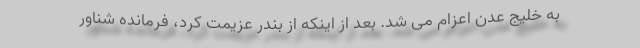
به خلیج عدن اعزام می شد. بعد از اینکه از بندر عزیمت کرد، فرمانده شناور